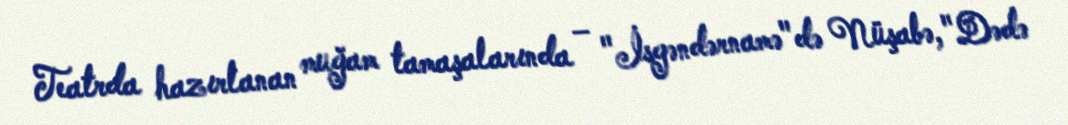
Teatrda hazırlanan muğam tamaşalarında – "İsgəndərnamə"də Nüşabə, "Dədə